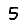
Digit: 5